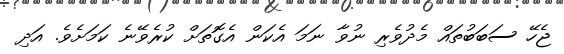
ޖެހޭ ސަބަބުތައް މެދުވެރި ނުވާ ނަމަ އެކަން އެގޮތަށް ކުރެވޭނެ ކަމަށެވެ. އަދި